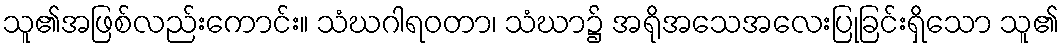
သူ၏အဖြစ်လည်းကောင်း။ သံဃဂါရဝတာ၊ သံဃာ၌ အရိုအသေအလေးပြုခြင်းရှိသော သူ၏